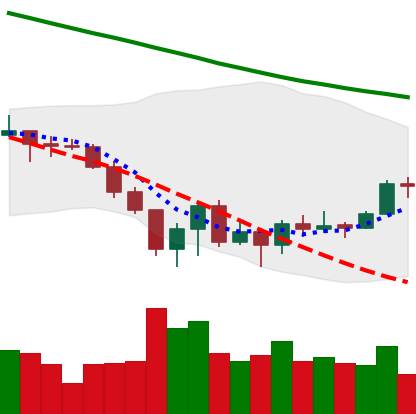
Ticker: XLM-USD
Chart end date: 2022-06-25
Forward return: -11.781%
Label: down_7plus